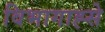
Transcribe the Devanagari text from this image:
विभागाह्से